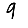
Digit: 9